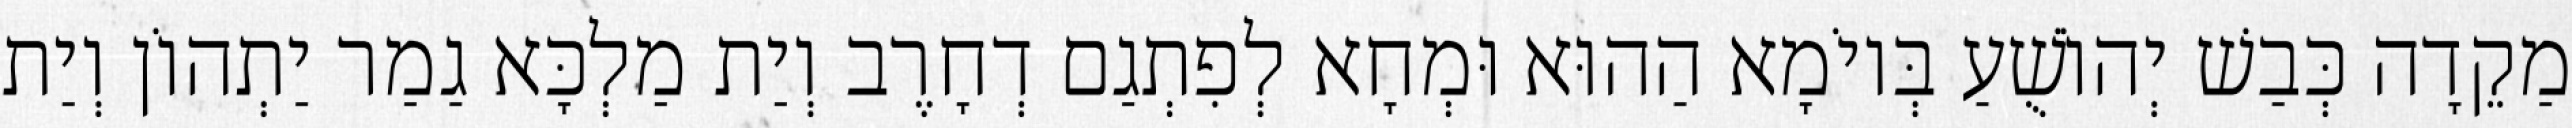
מַקֵדָה כְּבַשׁ יְהוֹשֻׁעַ בְּיוֹמָא הַהוּא וּמְחָא לְפִתְגַם דְחָרֶב וְיַת מַלְכָּא גַמַר יַתְהוֹן וְיַת